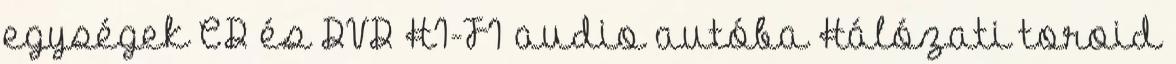
egységek CD és DVD HI-FI audio autóba Hálózati toroid